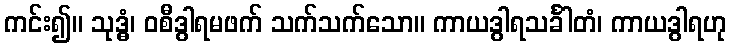
ကင်း၍။ သုဒ္ဓံ၊ ဝစီဒွါရမဖက် သက်သက်သော။ ကာယဒွါရသင်္ခါတံ၊ ကာယဒွါရဟု